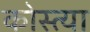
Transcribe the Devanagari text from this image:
कोस्त्या